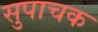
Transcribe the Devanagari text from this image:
सुपाचक